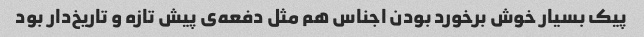
پیک بسیار خوش برخورد بودن اجناس هم مثل دفعه‌ی پیش تازه و تاریخ‌دار بود